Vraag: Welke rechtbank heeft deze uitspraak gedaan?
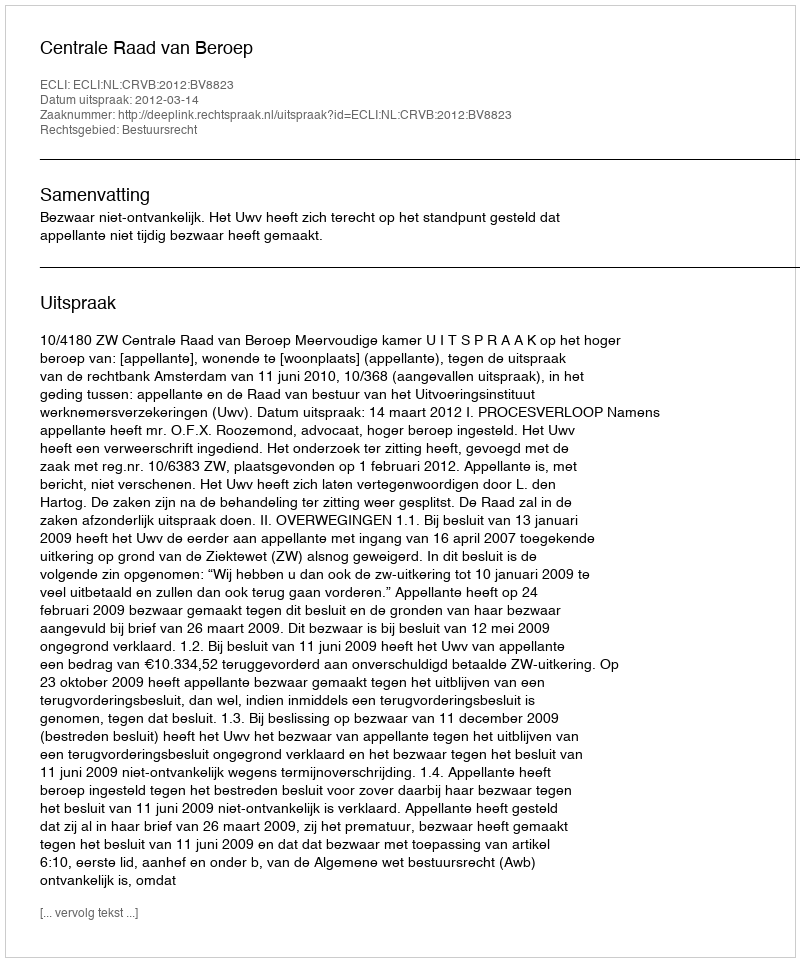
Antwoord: Centrale Raad van Beroep